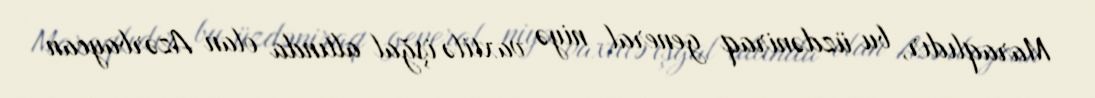
Maraqlıdır, bu üzdəniraq general niyə vaxtilə işğal altında olan Azərbaycan